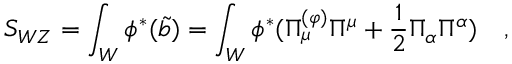
S _ { W Z } = \int _ { W } \phi ^ { * } ( \tilde { b } ) = \int _ { W } \phi ^ { * } ( \Pi _ { \mu } ^ { ( \varphi ) } \Pi ^ { \mu } + { \frac { 1 } { 2 } } \Pi _ { \alpha } \Pi ^ { \alpha } ) \quad ,